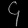
Digit: ၄